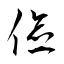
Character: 儉